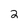
Character: 2